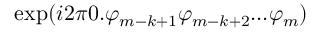
\exp ( i 2 \pi 0 . \varphi _ { m - k + 1 } \varphi _ { m - k + 2 } . . . \varphi _ { m } )